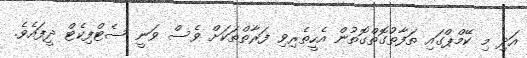
އަދި މި ކޭމްޕްގައި ތަފާތުގޮތްގޮތުން އެހީތެރިވި ފަރާތްތަކަށް ވެސް ވަނީ ސެޓްފިކެޓް ދީފައެވެ.